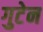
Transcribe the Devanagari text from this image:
गुटेन